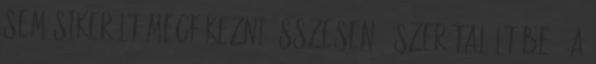
sem sikerült megfékezni összesen 7-szer talált be . A